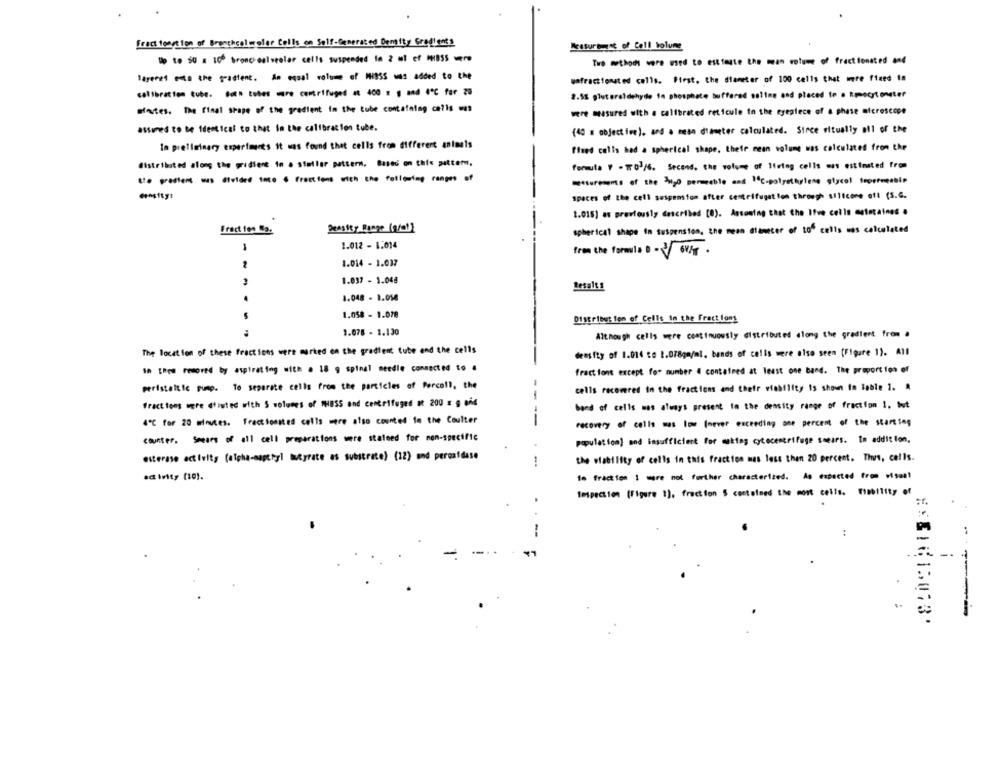
Fract tongtion of Branchcal woler Cells on Self-Generated Demity Gradients
Measurement of Coll bolune
Up to 30 = 100 bronchoalveolar cells suspended to 2 al of mass
Two methods were used to estimate the mean rotume of fractionated and
lageret esta the gradient. An equal volume of MiBSS was added to the
wafractionated cells. First, the diameter of 100 cells that were fixed in
calibration tube. Both tubes wre centrifuged #t 400 g 1 and 4º℃ far 20
2.SS glutaraldehyde in phosphate buffered selime and placed to a Remocytomater
@fortes. The final shape of the gradient in the tube contafelag calls was
were measured with . calibrated reticule in the eyepiece of a phase microscope
assured to be identical to that in the calibration tube.
(40 m objective), and a mean diameter calculated. Stree ritually all of the
In preliminary experiments it was found thet cells from different animals
fixed calls had a spherical shape, their mean volume was calculated from the
distributed along the gridiert in a stellar pattern. Based on this pattern.
formula 7 - TrO1/6. Second. the volume of living cells was estimated from
--- @-ided 1 ... . Fractions with the following ranges of
"etturements of the h20 permeable and "c-polyethylene glycol troppoeselp
spaces of the cell suspension after centrifugat lon through silicone oft (S.G.
1.016] as previously described [8). Assuming that the Ifve cells estacaines .
Fract ien 83.
Density Range (g/m!]
spherical shape in suspension, the mean diameter of tos cells was calculated
1
1.012 - 1.014
from the formula 0-6
1.014 - 1.037
1.037 - 1.048
Betalts
1.048 - 1.058
.
1.058 - 1.078
Distribution of Cells in the Fract lons
1.078 - 1.130
Although cells were continuously distributed along the gradient from .
The location of these fractions were marked on the gradient tube end the cells
density of 1.014 to 1.078gm/ml. bands of cells were also seen (Figure 1). All
10 them remored by aspirating with . 18 g spinal needle connected to .
fractions except for number 4 contained at least one band. The proportion of
peristaltic pump. To separate cells from the particles of Percell, the
cells recovered in the fractions and their viability is shown In lable 1. A
fract tons were dfiuted with S volumes of THESS and centrifuged et 200 x 9 064
band of cells was always present to the density range of fraction 1. but
4't for 20 minutes. Frecetoasted cells were also counted to the Coulter
--
recovery of cells was low never exceeding are percent of the starting
counter. Smears of all cell preparations were stateed for mom-specific
population] and insufficient for making cytocentrifuge soeurs. In addition,
esterase activity (alpha-mapthyl butyrate as substrate) (12) und peroxidase
the viability of cells in this fraction mas less then 20 percent. Thus, cells.
activity (10).
to fraction 1 more not further characterized. As expected from visual
Impection (Figure 1], fraction 5 contained the mont cells. fiability of
-